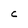
Character: C